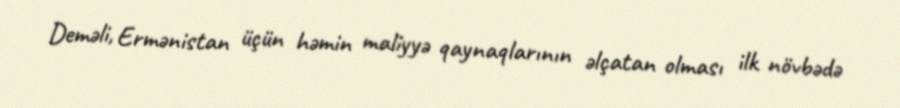
Deməli, Ermənistan üçün həmin maliyyə qaynaqlarının əlçatan olması ilk növbədə